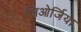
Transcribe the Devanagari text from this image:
जिओर्जिया